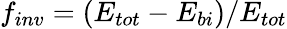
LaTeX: f_{inv}=(E_{tot}-E_{bi})/E_{tot}